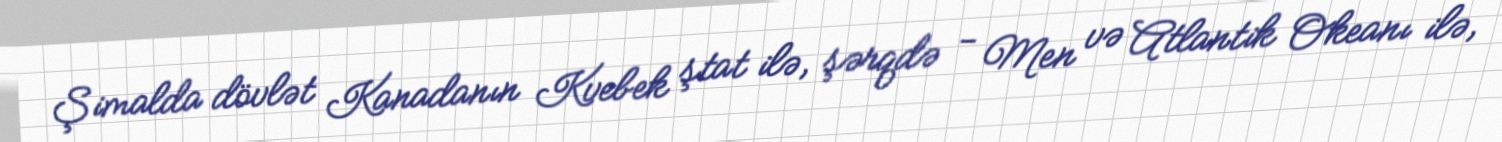
Şimalda dövlət Kanadanın Kvebek ştat ilə, şərqdə - Men və Atlantik Okeanı ilə,